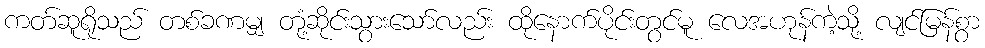
ကတ်ဆူရိုသည် တစ်ခဏမျှ တုံ့ဆိုင်းသွားသော်လည်း ထိုနောက်ပိုင်းတွင်မူ လေအဟုန်ကဲ့သို့ လျင်မြန်စွာ